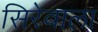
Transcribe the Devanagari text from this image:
सिरेवाला